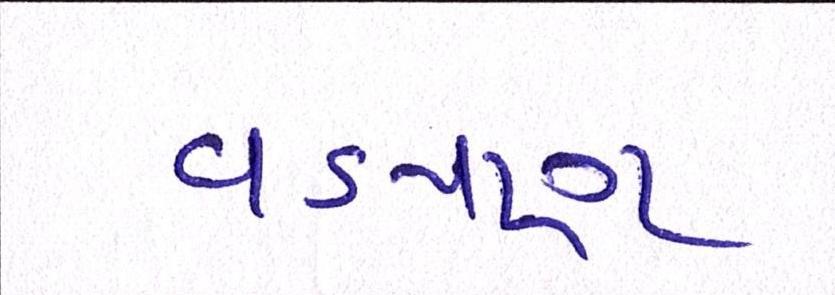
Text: વડપણ